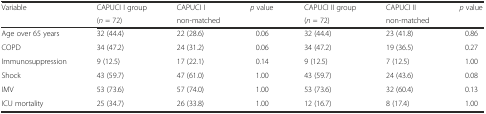
| <ROWSPAN=2> Variable | CAPUCI I group | CAPUCI I | <ROWSPAN=2> p value | CAPUCI II group | CAPUCI II | <ROWSPAN=2> p value |
 | (n = 72) | non-matched | (n = 72) | non-matched |
 | --- | --- | --- | --- | --- | --- | --- |
 | Age over 65 years | 32 (44.4) | 22 (28.6) | 0.06 | 32 (44.4) | 23 (41.8) | 0.86 |
 | COPD | 34 (47.2) | 24 (31.2) | 0.06 | 34 (47.2) | 19 (36.5) | 0.27 |
 | Immunosuppression | 9 (12.5) | 17 (22.1) | 0.14 | 9 (12.5) | 7 (12.5) | 1.00 |
 | Shock | 43 (59.7) | 47 (61.0) | 1.00 | 43 (59.7) | 24 (43.6) | 0.08 |
 | IMV | 53 (73.6) | 57 (74.0) | 1.00 | 53 (73.6) | 32 (60.4) | 0.13 |
 | ICU mortality | 25 (34.7) | 26 (33.8) | 1.00 | 12 (16.7) | 8 (17.4) | 1.00 |